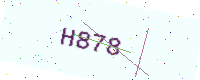
Text: H878